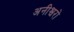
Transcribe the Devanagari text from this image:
अनीश्वरो